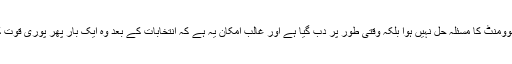
واضح رہے کہ پختون تحفظ موومنٹ کا مسئلہ حل نہیں ہوا بلکہ وقتی طور پر دب گیا ہے اور غالب امکان یہ ہے کہ انتخابات کے بعد وہ ایک بار پھر پوری قوت کے ساتھ میدان میں اترے گی۔